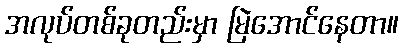
အလုပ်တစ်ခုတည်းမှာ မြဲအောင်နေတာ။